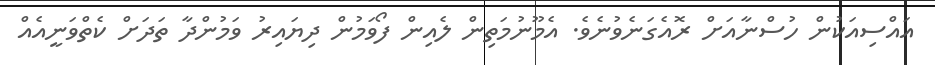
އައްސިއަކުން ހުސްނާއަށް ރޮއެގަނެވުނެވެ. އެމޫނުމަތިން ލެއިން ފޯވަމުން ދިޔައިރު ވަމުންދާ ތަދަށް ކެތްވަނީއެއް